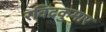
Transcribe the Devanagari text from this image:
रविंद्रकुमार